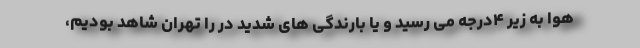
هوا به زیر ۴درجه می رسید و یا بارندگی های شدید در را تهران شاهد بودیم،